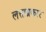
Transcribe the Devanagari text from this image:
लत्ताप्रकार